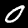
Digit: 0